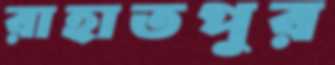
রাহাতপুর